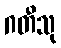
ဂတီသု